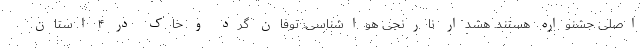
اصلی جشنواره هستند. هشدار نارنجی هواشناسی: توفان گرد و خاک در ۴ استان